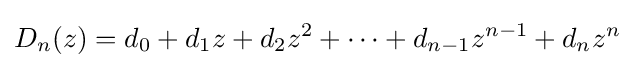
D_{n}(z)=d_{0}+d_{1}z+d_{2}z^{2}+\cdots +d_{n-1}z^{n-1}+d_{n}z^{n}